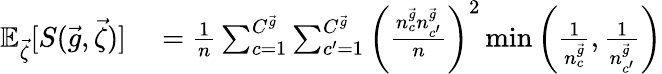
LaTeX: \begin{array}{rl}{{\mathbb E}_{\vec{\zeta}}[S(\vec{g},\vec{\zeta})]}&{{}=\frac{1}{n}\sum_{c=1}^{C^{\vec{g}}}\sum_{c^{\prime}=1}^{C^{\vec{g}}}\left(\frac{n_{c}^{\vec{g}}n_{c^{\prime}}^{\vec{g}}}{n}\right)^{2}\operatorname*{min}\left(\frac{1}{n_{c}^{\vec{g}}},\frac{1}{n_{c^{\prime}}^{\vec{g}}}\right)}\end{array}